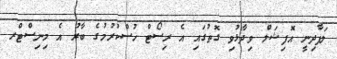
ލަފާދިނީ އޮފިޝަލް ވިދާޅުވި ގޮތުގައި އެ ރިސޯޓް ހުސްކުރުމުގެ ބާރު އެ މިނިސްޓްރ